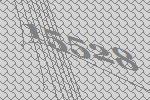
15528